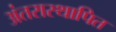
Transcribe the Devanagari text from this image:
अंतरास्थापित